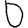
Digit: 0